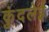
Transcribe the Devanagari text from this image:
कुंदलेई